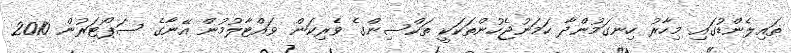
ތައިލެންޑުގައި މިހާރު ހިނގަމުންދާ ހަމަނުޖެހުންތަކަކީ ތަކްސިންގެ ވެރިކަން ވައްޓާލުމުން އޭނާގެ ސަޕޯޓަރުން 2010